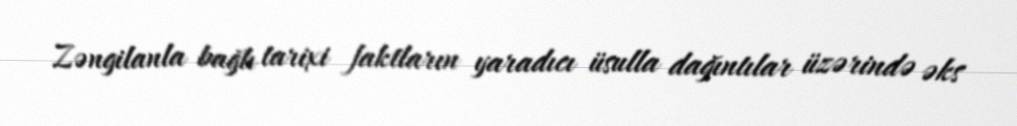
Zəngilanla bağlı tarixi faktların yaradıcı üsulla dağıntılar üzərində əks